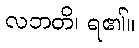
လဘတိ၊ ရ၏။